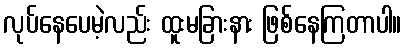
လုပ်နေပေမဲ့လည်း ထူးမခြားနား ဖြစ်နေကြတာပါ။